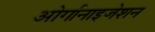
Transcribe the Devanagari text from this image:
ओर्गानाइजेशन